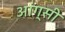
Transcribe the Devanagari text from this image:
आंग्सी